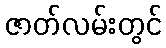
ဇာတ်လမ်းတွင်